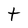
Character: t